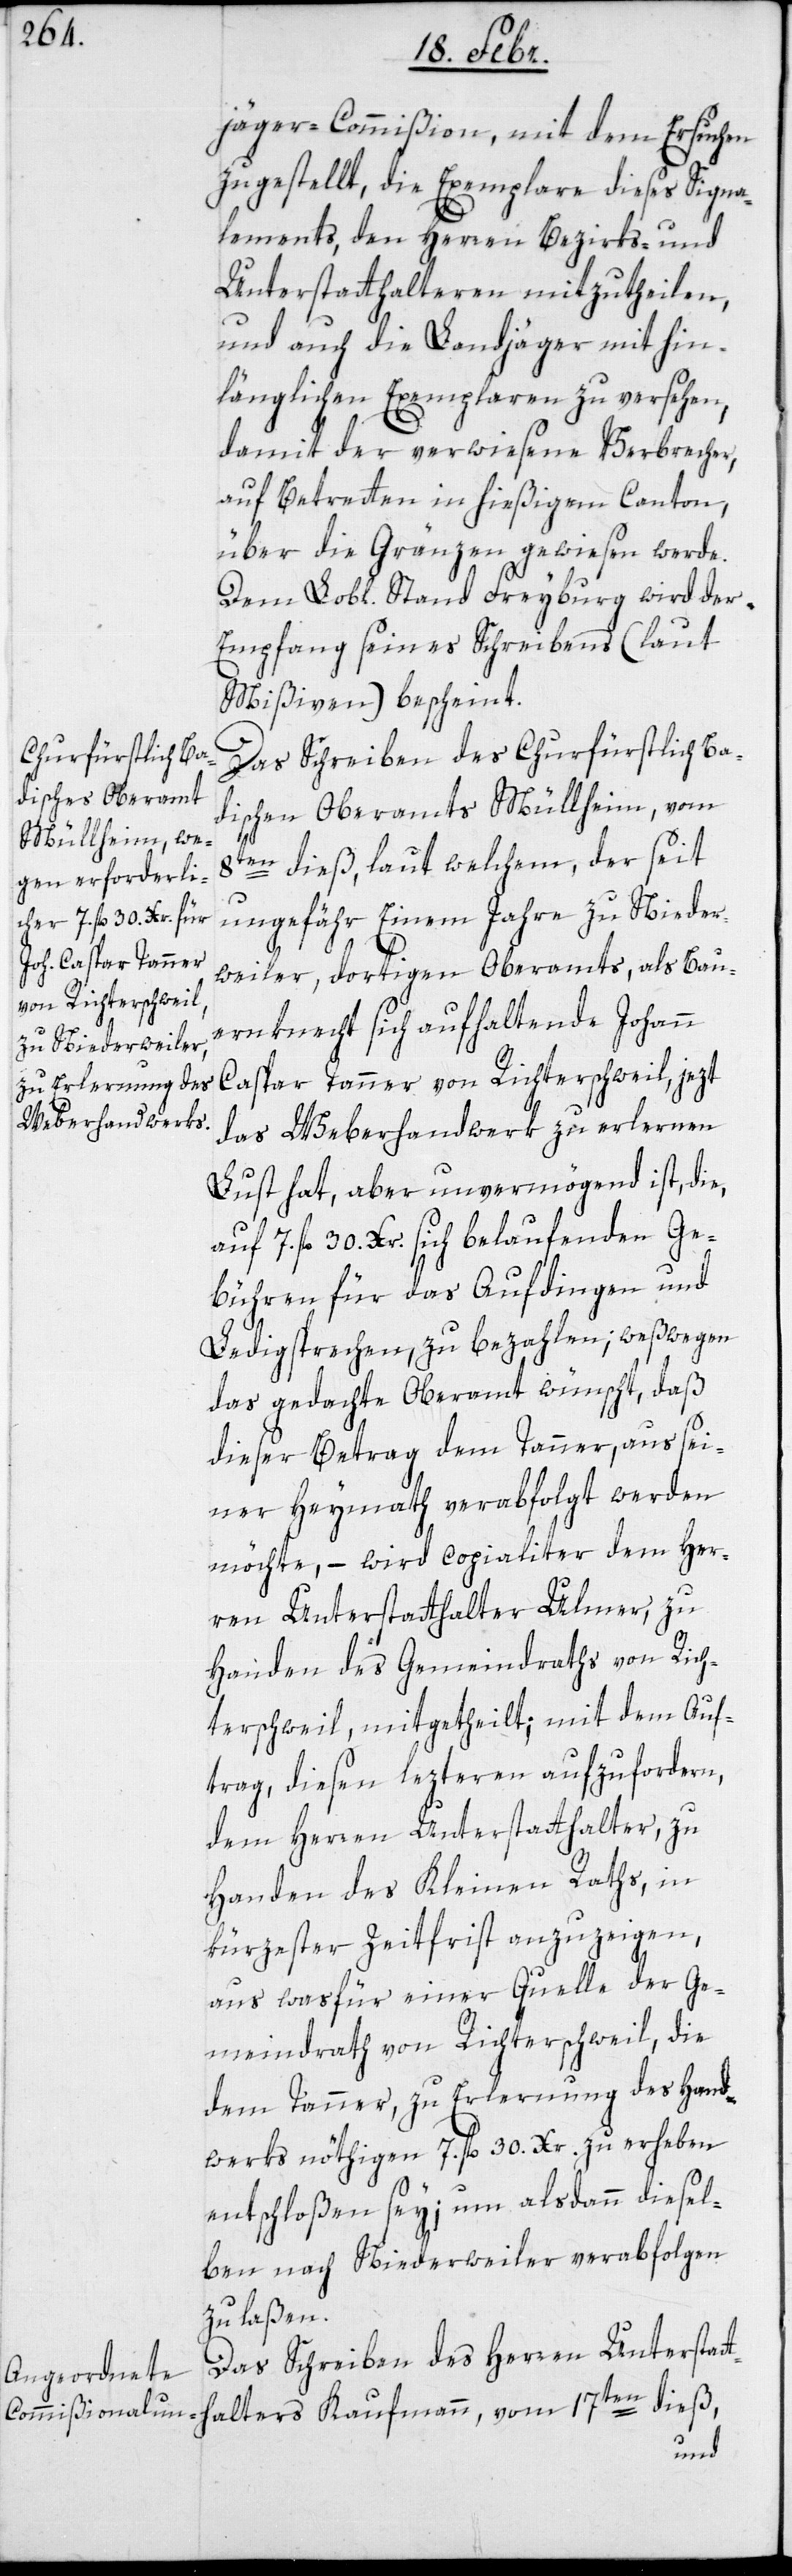
jäger-Commißion mit dem Ersuchen
zugestellt, die Exemplare dieses Signa¬
lements, den Herren Bezirks- und
Unterstatthalteren mitzutheilen,
und auch die Landjäger mit hin¬
länglichen Exemplaren zu versehen,
damit der verwiesene Verbrecher,
auf Betretten in hießigem Canton,
über die Gränzen gewiesen werde.
Dem Lobl. Stand Freyburg wird der
Empfang seines Schreibens (laut
Mißiven) bescheint.
Das Schreiben des Churfürstlich ba¬
dischen Oberamts Müllheim, vom
8ten dieß, laut welchem der seit
ungefähr Einem Jahre zu Nieder¬
weiler, dortigen Oberamts, als Bau¬
ernknecht sich aufhaltende Johann
Caspar Tanner von Richterschweil, jezt
das Weberhandwerk zu erlernen
Lust hat, aber unvermögend ist, die
auf 7. fl. 30. Xr. sich belaufenden Ge¬
bühren für das Aufdingen und
Ledigsprechen, zu bezahlen; weßwegen
das gedachte Oberamt wünscht, daß
dieser Betrag dem Tanner, aus sei¬
ner Heymath verabfolgt werden
möchte, – wird copialiter dem Her¬
ren Unterstatthalter Ulmer, zu
Handen des Gemeindraths von Rich¬
terschweil, mitgetheilt; mit dem Auf¬
trag, diesen lezteren aufzufordern,
dem Herren Unterstatthalter zu
Handen des Kleinen Raths, in
kürzester Zeitfrist anzuzeigen,
aus wasfür einer Quelle der Ge¬
meindraths von Richterschweil, die
dem Tanner, zu Erlernung des Hand¬
werks nöthigen 7. fl. 30. Xr. zu erheben
entschloßen sey; um alsdann diesel¬
ben nach Niederweiler verabfolgen
zu laßen.
Das Schreiben des Herren Unterstat¬
thalters Kaufmann, vom 17ten dieß,